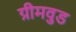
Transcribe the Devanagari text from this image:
ग्रीमवुड